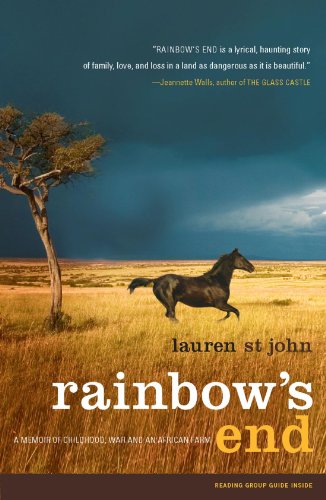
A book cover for Rainbow's End: A Memoir of Childhood, War and an African Farm; Lauren St John; Computers & Technology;